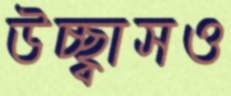
উচ্ছ্বাসও